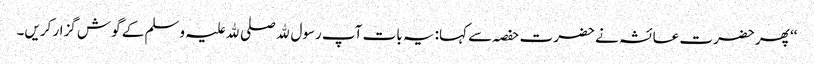
‘‘ پھر حضرت عائشہ نے حضرت حفصہ سے کہا: یہ بات آپ رسول ﷲ صلی ﷲ علیہ وسلم کے گوش گزار کریں۔